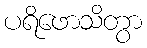
ပရိဖောသိတွာ